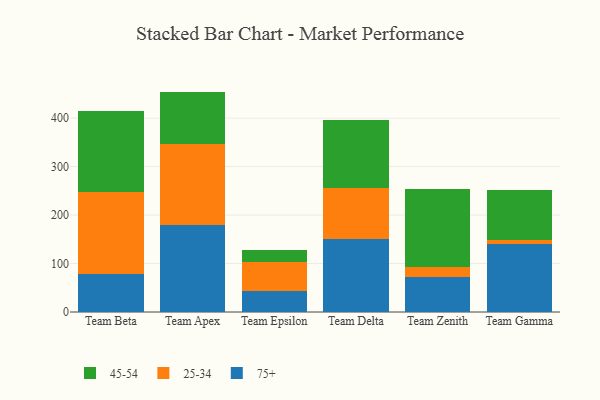
{"axis": {"x": "Team", "y": "Tickets Resolved"}, "legend": ["25-34", "45-54", "75+"], "data": [{"x": "Team Beta", "y": 79.3, "type": "75+"}, {"x": "Team Beta", "y": 168.1, "type": "25-34"}, {"x": "Team Beta", "y": 166.7, "type": "45-54"}, {"x": "Team Apex", "y": 179.3, "type": "75+"}, {"x": "Team Apex", "y": 167.1, "type": "25-34"}, {"x": "Team Apex", "y": 108.3, "type": "45-54"}, {"x": "Team Epsilon", "y": 42.7, "type": "75+"}, {"x": "Team Epsilon", "y": 59.5, "type": "25-34"}, {"x": "Team Epsilon", "y": 26.7, "type": "45-54"}, {"x": "Team Delta", "y": 150.8, "type": "75+"}, {"x": "Team Delta", "y": 104.7, "type": "25-34"}, {"x": "Team Delta", "y": 140.4, "type": "45-54"}, {"x": "Team Zenith", "y": 71.5, "type": "75+"}, {"x": "Team Zenith", "y": 21.0, "type": "25-34"}, {"x": "Team Zenith", "y": 161.8, "type": "45-54"}, {"x": "Team Gamma", "y": 140.8, "type": "75+"}, {"x": "Team Gamma", "y": 7.6, "type": "25-34"}, {"x": "Team Gamma", "y": 102.4, "type": "45-54"}]}